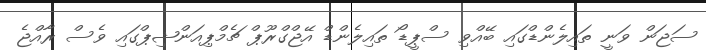
ސަޖަން ވަނީ ތައިލެންޑްގައި ބޭއްވި ސްޕީޑޯ ތައިލެންޑް އޭޖްގްރޫޕް ޗެމްޕިއަންޝިޕްގައި ވެސް ރާއްޖެ